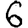
Digit: 6